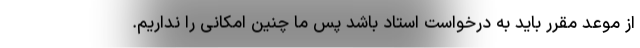
از موعد مقرر باید به درخواست استاد باشد پس ما چنین امکانی را نداریم.